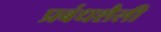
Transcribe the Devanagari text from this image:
प्रबंधशैली